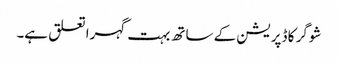
شوگر کا ڈپریشن کے ساتھ بہت گہرا تعلق ہے۔